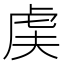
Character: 𬟨